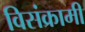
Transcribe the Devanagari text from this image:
विसंक्रामी